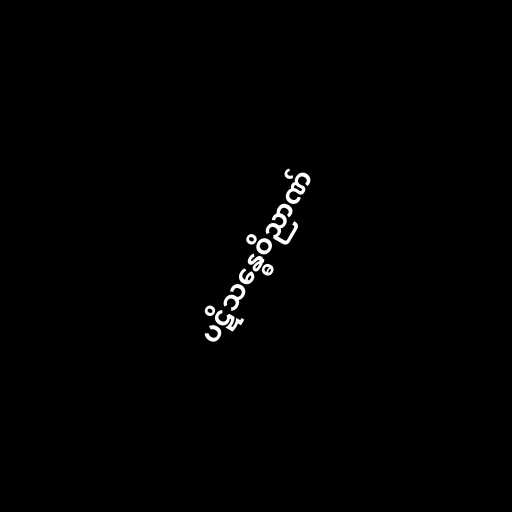
ပဋိသန္ဓေဝိညာဏ်